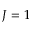
J = 1